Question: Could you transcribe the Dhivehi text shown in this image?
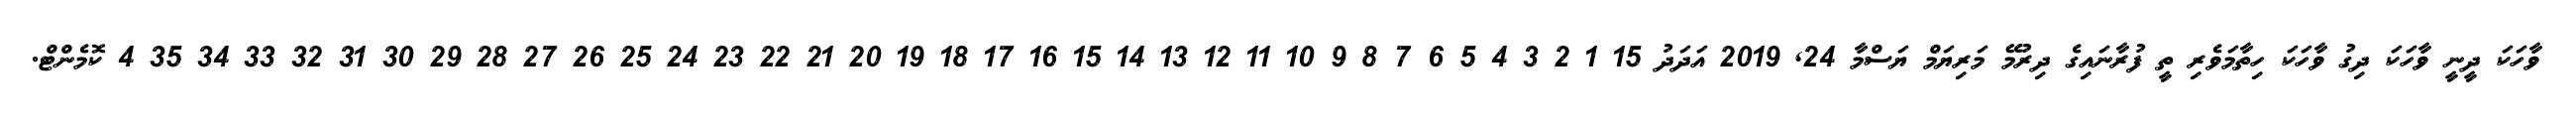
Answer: ވާހަކަ ދީނީ ވާހަކަ ދިގު ވާހަކަ ހިތާމަވެރި ތީ ފުރާނައިގެ ދިރުމޭ މަރިޔަމް ޔަސްމާ 24, 2019 އަދަދު 15 1 2 3 4 5 6 7 8 9 10 11 12 13 14 15 16 17 18 19 20 21 22 23 24 25 26 27 28 29 30 31 32 33 34 35 4 ކޮމެންޓް.